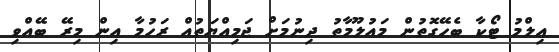
އިލްމު ޓޯކާ ބެހޭގޮތުން މައުލޫމާތު ދިނުމަށް ޖަމިއްޔަތުއް ރަހުމާ އިން މިރޭ ބޭއްވި